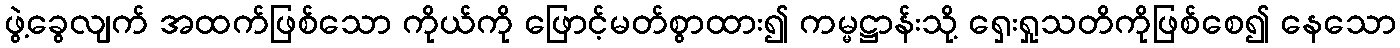
ဖွဲ့ခွေလျက် အထက်ဖြစ်သော ကိုယ်ကို ဖြောင့်မတ်စွာထား၍ ကမ္မဋ္ဌာန်းသို့ ရှေးရှုသတိကိုဖြစ်စေ၍ နေသော